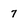
Character: 7